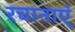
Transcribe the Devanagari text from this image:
रचानाएं